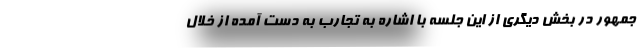
جمهور در بخش دیگری از این جلسه با اشاره به تجارب به دست آمده از خلال